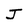
Character: J